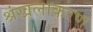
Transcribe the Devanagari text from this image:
श्रंखलाकरण